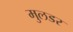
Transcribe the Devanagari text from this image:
मुलडर